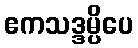
ဧကသဒ္ဒမ္ပိပေ